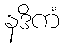
နဒိကံ